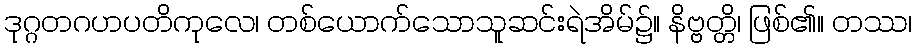
ဒုဂ္ဂတဂဟပတိကုလေ၊ တစ်ယောက်သောသူဆင်းရဲအိမ်၌။ နိဗ္ဗတ္တိ၊ ဖြစ်၏။ တဿ၊